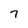
Character: 7